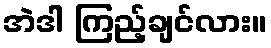
အဲဒါ ကြည့်ချင်လား။